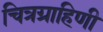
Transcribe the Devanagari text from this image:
चित्रग्राहिणी